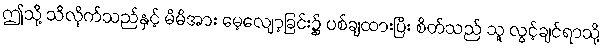
ဤသို့ သိလိုက်သည်နှင့် မိမိအား မေ့လျော့ခြင်း၌ ပစ်ချထားပြီး စိတ်သည် သူ လွင့်ချင်ရာသို့